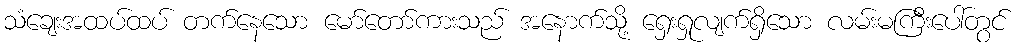
သံချေးအထပ်ထပ် တက်နေသော မော်တော်ကားသည် အနောက်သို့ ရှေးရှုလျက်ရှိသော လမ်းမကြီးပေါ်တွင်